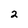
Character: 2